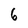
Character: 6